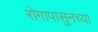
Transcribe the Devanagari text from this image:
रोगापासुनच्या